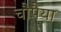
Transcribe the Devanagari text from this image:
चौपैया